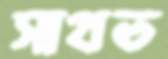
সাথত